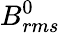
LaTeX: B_{rms}^{0}